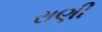
રાણી